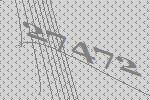
27472